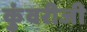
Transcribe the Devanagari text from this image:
कुंवरीजी